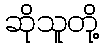
ဆိုသူတို့